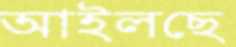
আইলছে